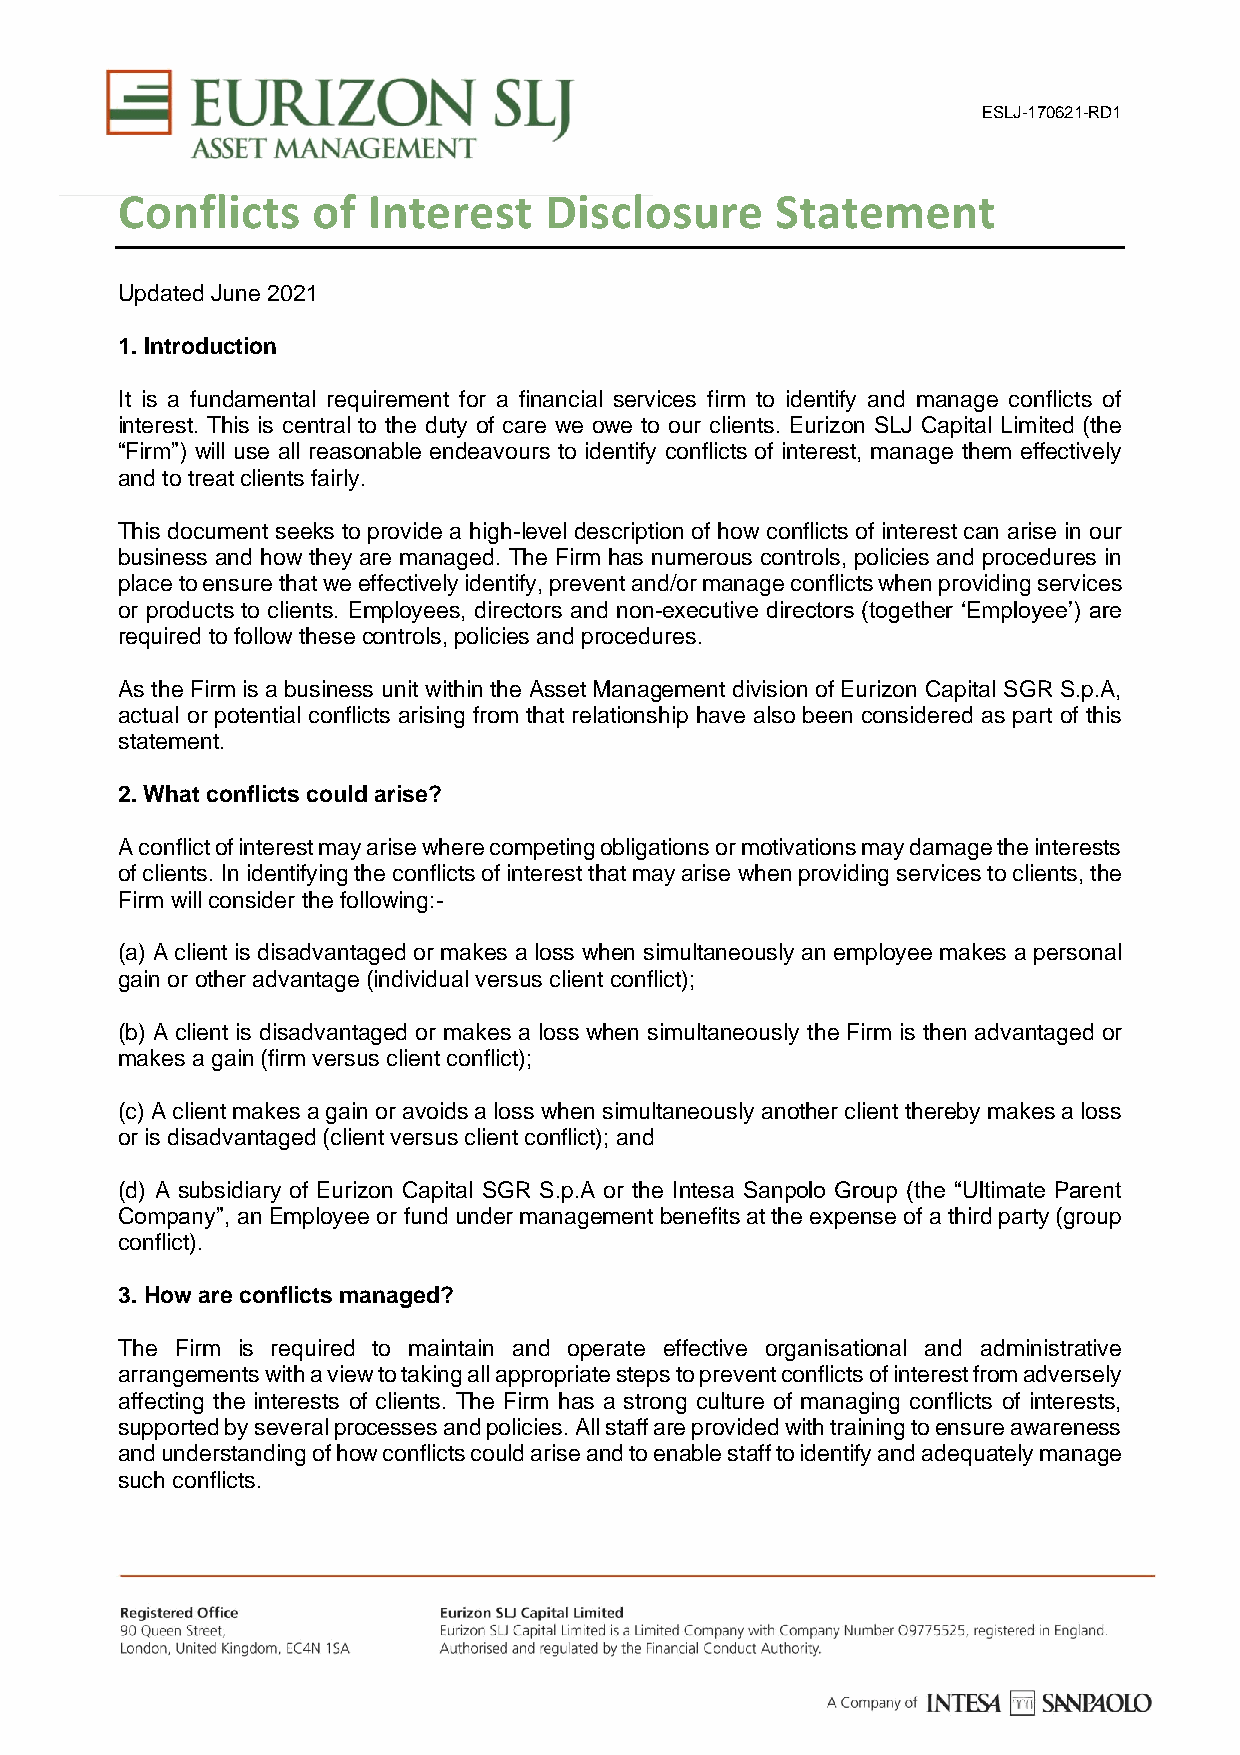
ESLJ-170621-RD1
 Conflicts    of Interest    Disclosure     Statement
 Updated June 2021
 1. Introduction
 It is a fundamental requirement for a financial services firm to identify and manage conflicts of
 interest. This is central to the duty of care we owe to our clients. Eurizon SLJ Capital Limited (the
 “Firm”) will use all reasonable endeavours to identify conflicts of interest, manage them effectively
 and to treat clients fairly.
 This document seeks to provide a high-level description of how conflicts of interest can arise in our
 business and how they are managed. The Firm has numerous controls, policies and procedures in
 place to ensure that we effectively identify, prevent and/or manage conflicts when providing services
 or products to clients. Employees, directors and non-executive directors (together ‘Employee’) are
 required to follow these controls, policies and procedures.
 As the Firm is a business unit within the Asset Management division of Eurizon Capital SGR S.p.A,
 actual or potential conflicts arising from that relationship have also been considered as part of this
 statement.
 2. What conflicts could arise?
 A conflict of interest may arise where competing obligations or motivations may damage the interests
 of clients. In identifying the conflicts of interest that may arise when providing services to clients, the
 Firm will consider the following:-
 (a) A client is disadvantaged or makes a loss when simultaneously an employee makes a personal
 gain or other advantage (individual versus client conflict);
 (b) A client is disadvantaged or makes a loss when simultaneously the Firm is then advantaged or
 makes a gain (firm versus client conflict);
 (c) A client makes a gain or avoids a loss when simultaneously another client thereby makes a loss
 or is disadvantaged (client versus client conflict); and
 (d) A subsidiary of Eurizon Capital SGR S.p.A or the Intesa Sanpolo Group (the “Ultimate Parent
 Company”, an Employee or fund under management benefits at the expense of a third party (group
 conflict).
 3. How are conflicts managed?
 The Firm is required to maintain and operate effective organisational and administrative
 arrangements with a view to taking all appropriate steps to prevent conflicts of interest from adversely
 affecting the interests of clients. The Firm has a strong culture of managing conflicts of interests,
 supported by several processes and policies. All staff are provided with training to ensure awareness
 and understanding of how conflicts could arise and to enable staff to identify and adequately manage
 such conflicts.